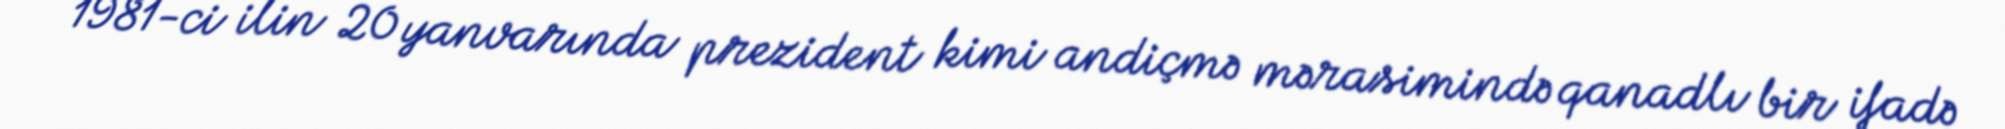
1981-ci ilin 20 yanvarında prezident kimi andiçmə mərasimində qanadlı bir ifadə